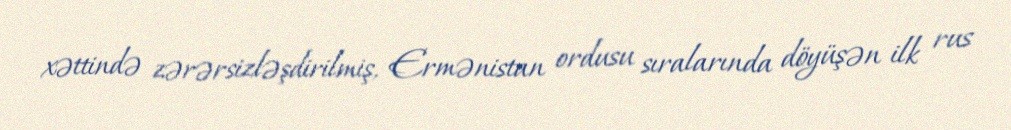
xəttində zərərsizləşdirilmiş, Ermənistan ordusu sıralarında döyüşən ilk rus